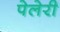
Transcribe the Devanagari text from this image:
पेलेरी